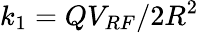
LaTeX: k_{1}=QV_{RF}/2R^{2}